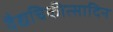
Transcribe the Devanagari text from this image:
वैद्यचिकीत्सादिन